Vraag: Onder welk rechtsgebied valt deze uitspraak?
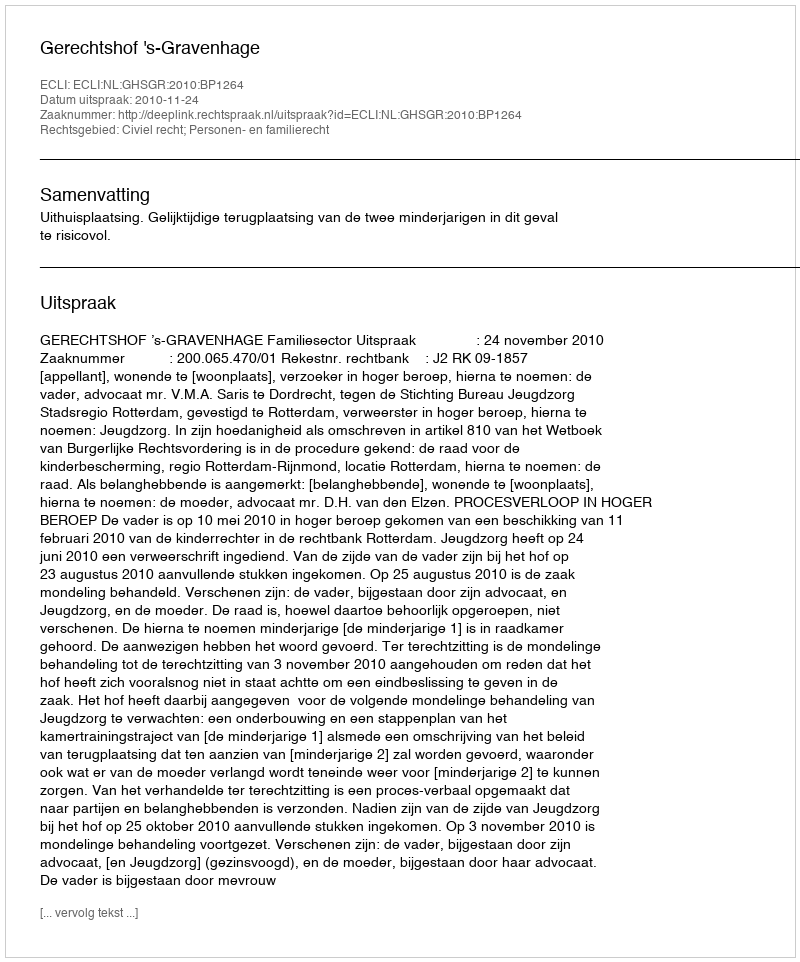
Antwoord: Civiel recht; Personen- en familierecht